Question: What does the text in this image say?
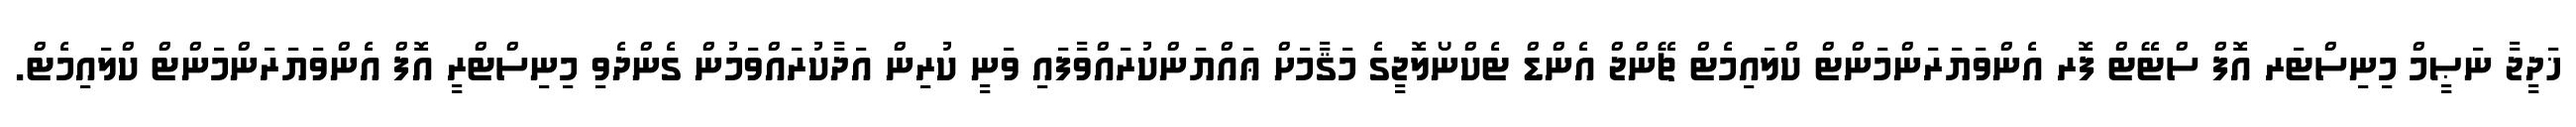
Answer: ޚަދީޖާ ނަޞީމް މިނިސްޓަރ އޮފް ސްޓޭޓް ފޮރ އެންވަޔަރަންމަންޓް ކްލައިމެޓް ޗޭންޖް އެންޑް ޓެކްނޯލޮޖީގެ މަޤާމަށް ޢައްޔަންކުރައްވާފައި ވަނީ ކުރިން އަދާކުރައްވަމުން ގެންދެވި މިނިސްޓްރީ އޮފް އެންވަޔަރަންމަންޓް ކްލައިމެޓް.